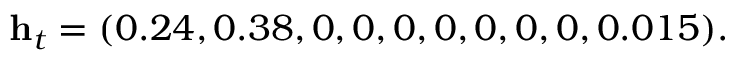
\mathbf { h } _ { t } = ( 0 . 2 4 , 0 . 3 8 , 0 , 0 , 0 , 0 , 0 , 0 , 0 , 0 . 0 1 5 ) .